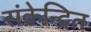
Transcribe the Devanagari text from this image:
संक्रेन्द्रित